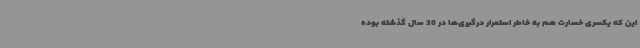
این که یکسری خسارت‌ هم به خاطر استمرار درگیری‌ها در 30 سال گذشته بوده